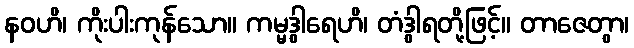
နဝဟိ၊ ကိုးပါးကုန်သော။ ကမ္မဒွါရေဟိ၊ တံဒွါရတို့ဖြင့်။ တာဇေတွာ၊